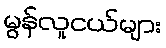
မွန်လူငယ်များ